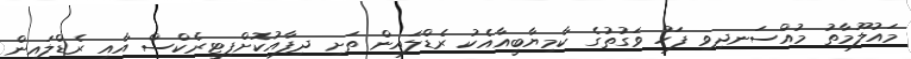
މައުލޫމާތު މުއްސަނދިވި ފަހު ވަގުތުގެ ކާމިޔާބީއާއެކު ރެޑްލައިން ތަށި ދިފާއުކޮށްފިޓީރެކްސް އާއި ރެޑްލައިން